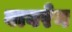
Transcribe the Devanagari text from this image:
वावरेन